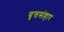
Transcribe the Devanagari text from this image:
वृत्तसंहार